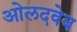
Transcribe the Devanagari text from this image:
ओलदवेब